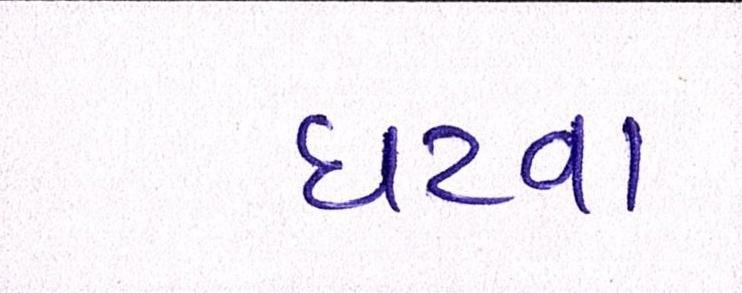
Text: ઘટવા